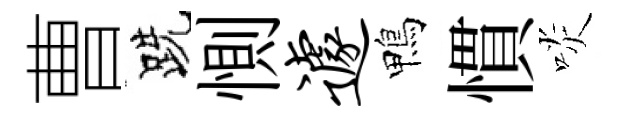
曹跣惻遽鴨慣啖